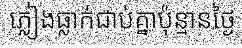
ភ្លៀងធ្លាក់ជាប់គ្នាប៉ុន្មានថ្ងៃ